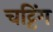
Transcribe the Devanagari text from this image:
चट्टिंग